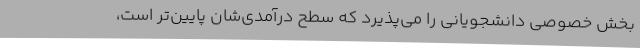
بخش خصوصی دانشجویانی را می‌پذیرد که سطح درآمدی‌شان پایین‌تر است،